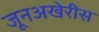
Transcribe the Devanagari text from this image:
जूनअखेरीस